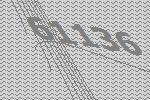
61136